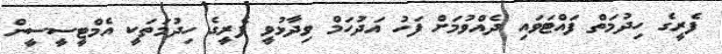
ފެރީގެ ހިދުމަތް ފައްޓަވައި ދެއްވުމަށް ފަހު އަދުހަމް ވިދާޅުވީ ފެރީގެ ހިދުމަތަކީ އެމްޓީސީސީން